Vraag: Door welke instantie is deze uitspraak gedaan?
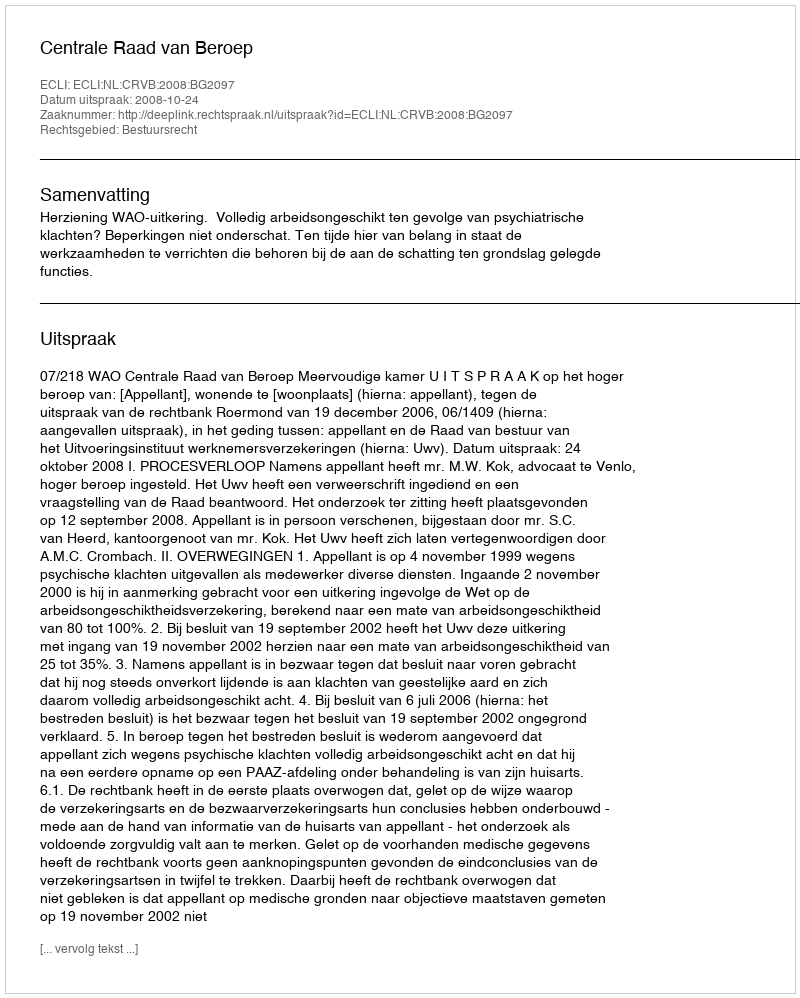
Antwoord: Centrale Raad van Beroep